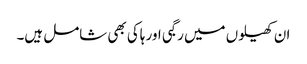
ان کھیلوں میں رگبی اور ہاکی بھی شامل ہیں۔